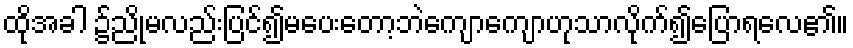
ထိုအခါ ၌ညိုမလည်းပြင်၍မပေးတော့ဘဲကျောကျောဟုသာလိုက်၍ပြောရလေ၏။